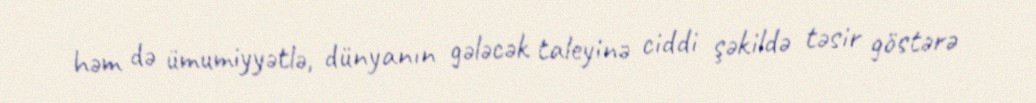
həm də ümumiyyətlə, dünyanın gələcək taleyinə ciddi şəkildə təsir göstərə